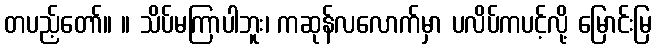
တပည့်တော်။ ။ သိပ်မကြာပါဘူး၊ ကဆုန်လလောက်မှာ ပလိပ်ကပင့်လို့ မြောင်းမြ